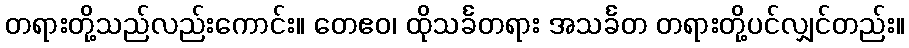
တရားတို့သည်လည်းကောင်း။ တေဧဝ၊ ထိုသင်္ခတရား အသင်္ခတ တရားတို့ပင်လျှင်တည်း။